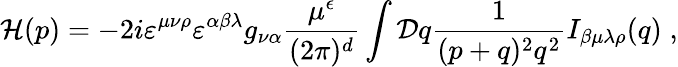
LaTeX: {\cal H}(p)=-2i\varepsilon^{\mu\nu\rho}\varepsilon^{\alpha\beta\lambda}g_{\nu\alpha}\frac{\mu^{\epsilon}}{(2\pi)^{d}}\int{\cal D}q\frac{1}{(p+q)^{2}q^{2}}I_{\beta\mu\lambda\rho}(q)\; ,